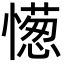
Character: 憽